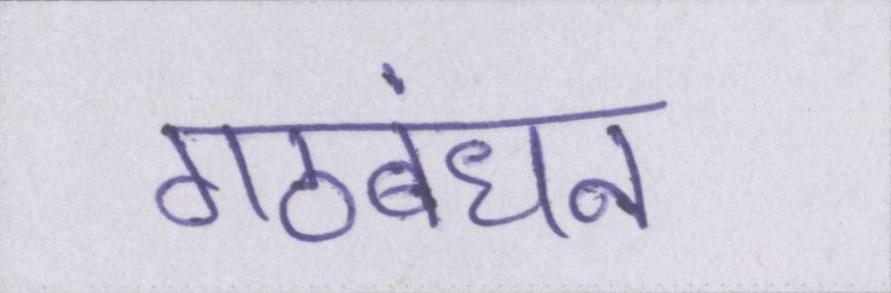
गठबंधन